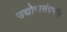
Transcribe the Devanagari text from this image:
उद्योगासंदर्भात